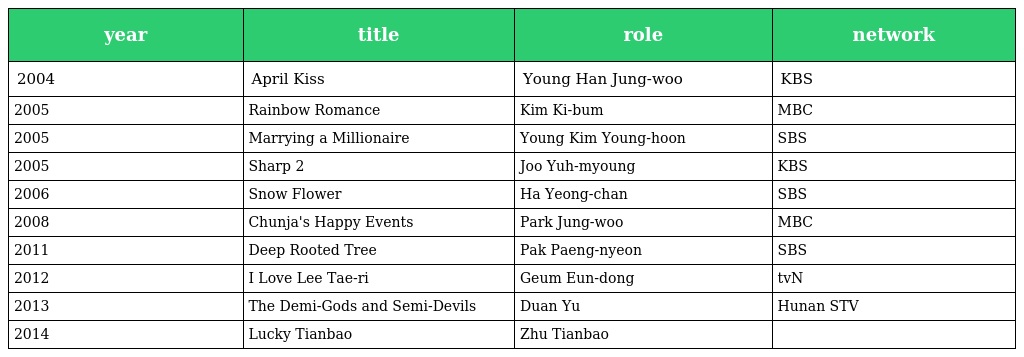
| year | title | role | network |
 | --- | --- | --- | --- |
 | 2004 | April Kiss | Young Han Jung-woo | KBS |
 | 2005 | Rainbow Romance | Kim Ki-bum | MBC |
 | 2005 | Marrying a Millionaire | Young Kim Young-hoon | SBS |
 | 2005 | Sharp 2 | Joo Yuh-myoung | KBS |
 | 2006 | Snow Flower | Ha Yeong-chan | SBS |
 | 2008 | Chunja's Happy Events | Park Jung-woo | MBC |
 | 2011 | Deep Rooted Tree | Pak Paeng-nyeon | SBS |
 | 2012 | I Love Lee Tae-ri | Geum Eun-dong | tvN |
 | 2013 | The Demi-Gods and Semi-Devils | Duan Yu | Hunan STV |
 | 2014 | Lucky Tianbao | Zhu Tianbao |  |